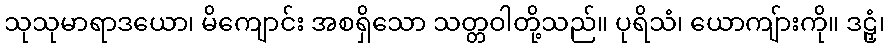
သုသုမာရာဒယော၊ မိကျောင်း အစရှိသော သတ္တဝါတို့သည်။ ပုရိသံ၊ ယောကျ်ားကို။ ဒဠှံ၊